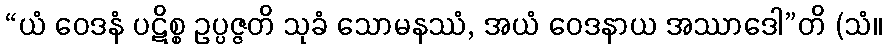
“ယံ ဝေဒနံ ပဋိစ္စ ဥပ္ပဇ္ဇတိ သုခံ သောမနဿံ, အယံ ဝေဒနာယ အဿာဒေါ”တိ (သံ။